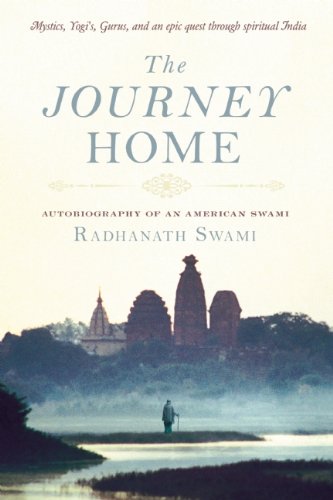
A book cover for The Journey Home; Radhanath Swami; Self-Help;